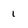
Character: 1